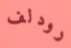
رودلف